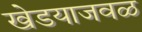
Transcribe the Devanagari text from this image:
खेडयाजवळ